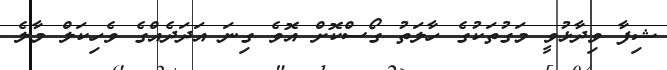
ޝިފާ ވިދާޅުވީ މަގުތަކުގެ ހާލަތު ގޯސްކޮށް އޮވެ ގިނަ އަދަދެއްގެ ވެހިކަލް މާލެ